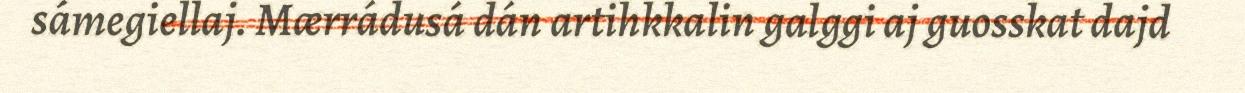
sámegiellaj. Mærrádusá dán artihkkalin galggi aj guosskat dajd